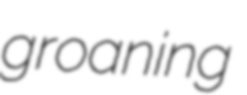
groaning